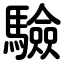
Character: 驗